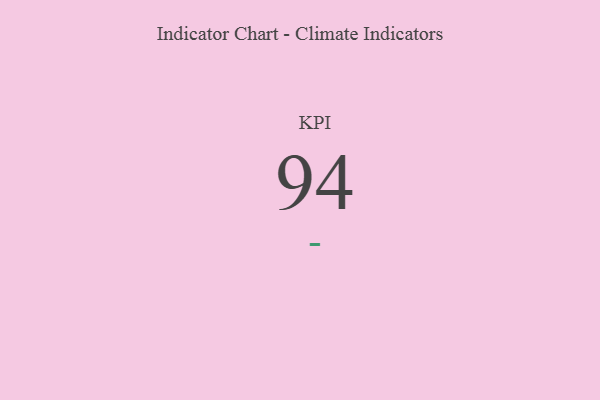
{"axis": {"x": "KPI", "y": "Value"}, "legend": [""], "data": [{"x": "KPI", "y": 94, "type": ""}]}